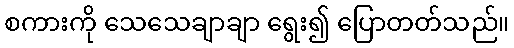
စကားကို သေသေချာချာ ရွေး၍ ပြောတတ်သည်။